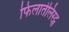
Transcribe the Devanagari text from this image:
फिलातेलिस्ट्स